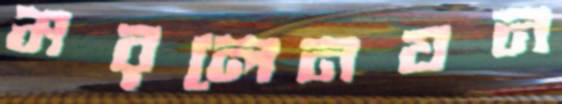
মরলেনযন